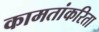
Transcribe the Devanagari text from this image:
कामतांकरिता